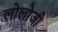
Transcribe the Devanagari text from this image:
लोलोजी